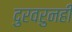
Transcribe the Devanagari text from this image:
दुरवरुनही